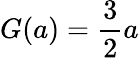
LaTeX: G(a)=\frac{3}{2}a